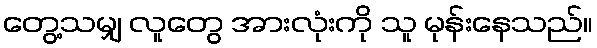
တွေ့သမျှ လူတွေ အားလုံးကို သူ မုန်းနေသည်။